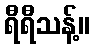
ရီရီသန့်။